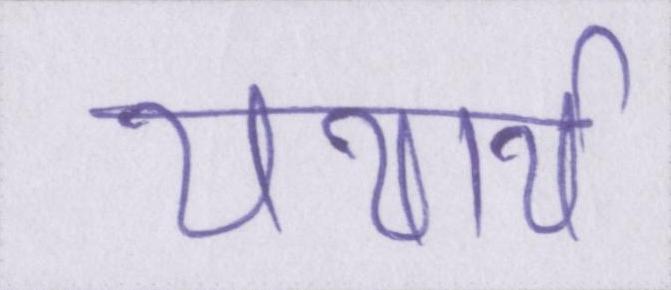
यथार्थ